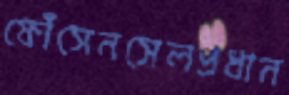
ফোঁসেনসেলপ্রধান